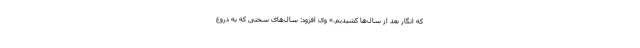
که انگار بعد از سال‌ها کشیدیم.» وی افزود: سال‌های سختی که به دروغ